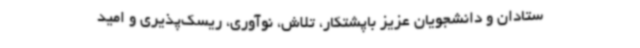
ستادان و دانشجویان عزیز باپشتکار، تلاش، نوآوری، ریسک‌پذیری و امید